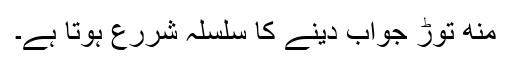
منھ توڑ جواب دینے کا سلسلہ شررع ہوتا ہے۔